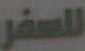
للسفر